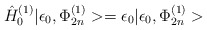
\begin{align*}{\hat{H}}^{(1)}_0|\epsilon_0, \Phi^{(1)}_{2n}> = \epsilon_0|\epsilon_0, \Phi^{(1)}_{2n}>\end{align*}